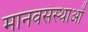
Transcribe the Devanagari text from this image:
मानवसंस्थाओं